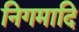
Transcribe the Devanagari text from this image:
निगमादि